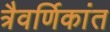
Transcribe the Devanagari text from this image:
त्रैवर्णिकांत